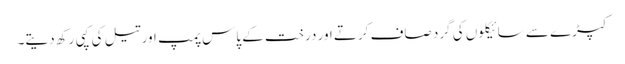
کپڑے سے سائیکلوں کی گرد صاف کرتے اور درخت کے پاس پمپ اور تیل کی کپی رکھ دیتے۔